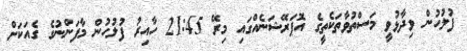
ފުލުހުން ވިދާޅުވީ މަސްތުވާތަކެތީގެ އޮޕަރޭޝަނެއްގައި މިރޭ 21:45 ހާއިރު ފުލުހުން މާފަންނުގެ ގެއަކަށް